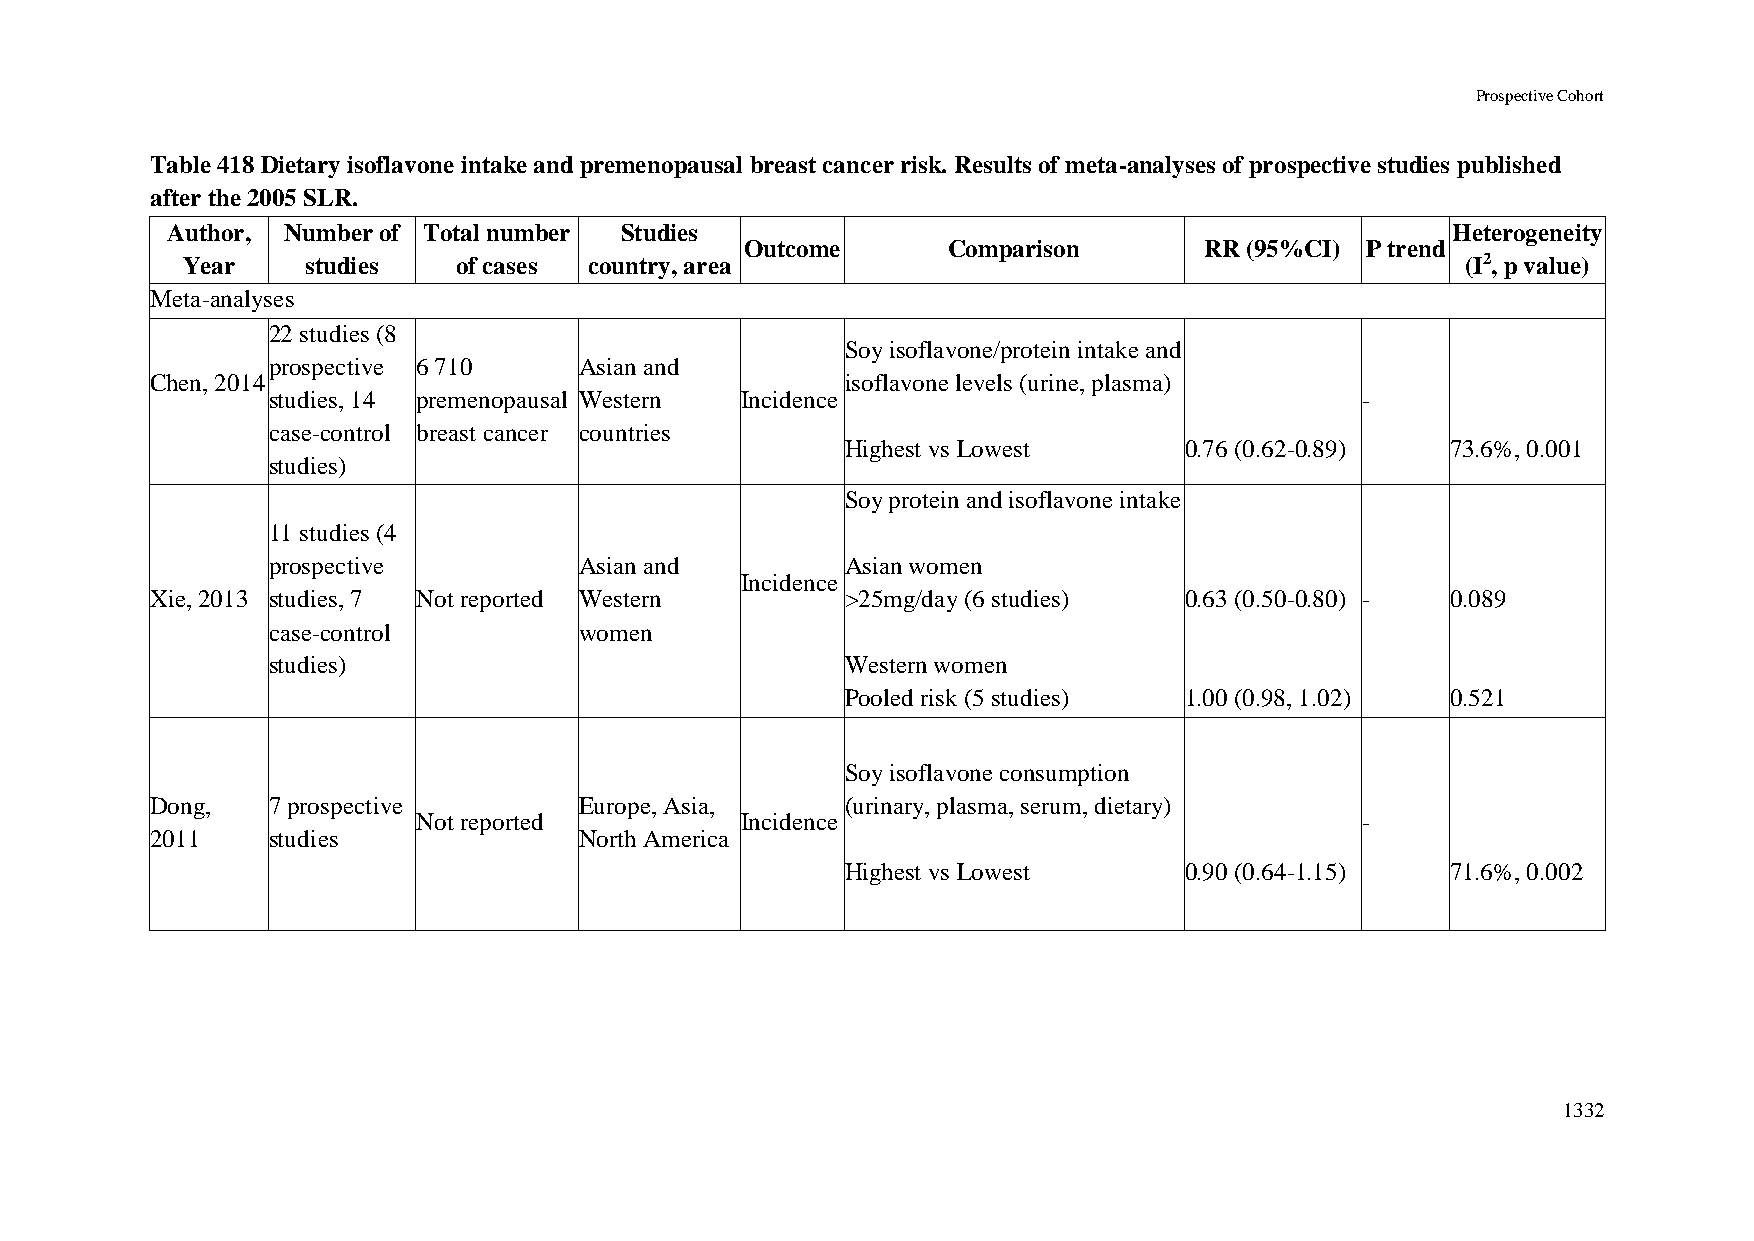
Prospective Cohort
 Table 418 Dietary isoflavone intake and premenopausal breast cancer risk. Results of meta-analyses of prospective studies published
 after the 2005 SLR.
 Author, Number of Total number Studies                                               Heterogeneity
 Outcome       Comparison       RR (95%CI) P trend
 Year    studies   of cases country, area                                             (I2, p value)
 Meta-analyses
 22 studies (8
 Soy isoflavone/protein intake and
 prospective 6 710   Asian and
 Chen, 2014                                    isoflavone levels (urine, plasma)
 studies, 14 premenopausal Western Incidence                             -
 case-control breast cancer countries
 Highest vs Lowest     0.76 (0.62-0.89)  73.6%, 0.001
 studies)
 Soy protein and isoflavone intake
 11 studies (4
 prospective         Asian and         Asian women
 Incidence
 Xie, 2013 studies, 7 Not reported Western     >25mg/day (6 studies) 0.63 (0.50-0.80) - 0.089
 case-control        women
 studies)                              Western women
 Pooled risk (5 studies) 1.00 (0.98, 1.02) 0.521
 Soy isoflavone consumption
 Dong,   7 prospective       Europe, Asia,     (urinary, plasma, serum, dietary)
 Not reported         Incidence                                -
 2011    studies             North America
 Highest vs Lowest     0.90 (0.64-1.15)  71.6%, 0.002
 1332